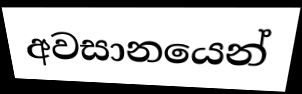
අවසානයෙන්